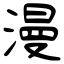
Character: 漫